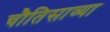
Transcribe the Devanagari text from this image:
चौतिसाव्या